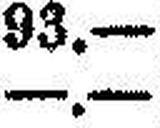
—.—